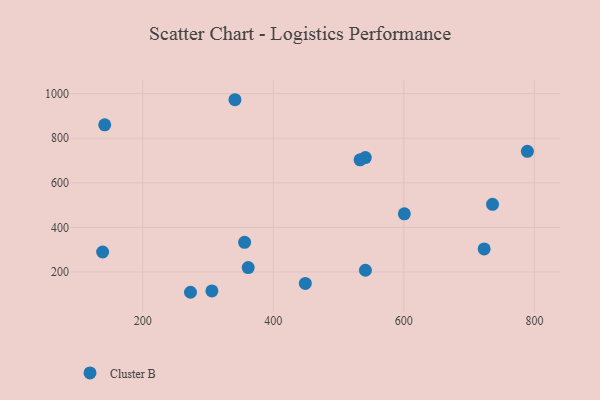
{"axis": {"x": "Speed", "y": "Sales"}, "legend": ["Cluster B"], "data": [{"x": "361.5", "y": 219.7, "type": "Cluster B"}, {"x": "540.9", "y": 713.3, "type": "Cluster B"}, {"x": "532.9", "y": 703.3, "type": "Cluster B"}, {"x": "600.7", "y": 460.8, "type": "Cluster B"}, {"x": "141.7", "y": 860.1, "type": "Cluster B"}, {"x": "789.2", "y": 741.4, "type": "Cluster B"}, {"x": "735.8", "y": 503.7, "type": "Cluster B"}, {"x": "305.9", "y": 115.0, "type": "Cluster B"}, {"x": "356.0", "y": 333.3, "type": "Cluster B"}, {"x": "273.1", "y": 109.1, "type": "Cluster B"}, {"x": "138.5", "y": 289.8, "type": "Cluster B"}, {"x": "341.2", "y": 972.8, "type": "Cluster B"}, {"x": "723.0", "y": 303.5, "type": "Cluster B"}, {"x": "449.0", "y": 148.8, "type": "Cluster B"}, {"x": "541.1", "y": 208.0, "type": "Cluster B"}]}